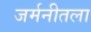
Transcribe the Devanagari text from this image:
जर्मनीतला